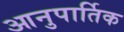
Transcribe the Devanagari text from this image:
आनुपार्तिक